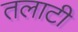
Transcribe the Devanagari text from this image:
तलाटी